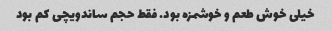
خیلی خوش طعم و خوشمزه بود. فقط حجم ساندویچی کم بود